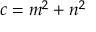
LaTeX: c = m ^ { 2 } + n ^ { 2 }